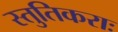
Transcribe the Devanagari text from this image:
स्तुतिकराः